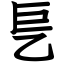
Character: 乬